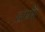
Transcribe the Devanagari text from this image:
हामै